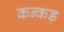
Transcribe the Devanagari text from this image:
कन्कड़